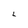
Character: L